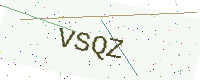
Text: VSQZ